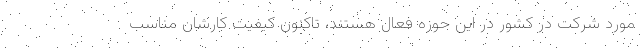
مورد شرکت در کشور در این حوزه فعال هستند، تاکنون کیفیت کارشان مناسب